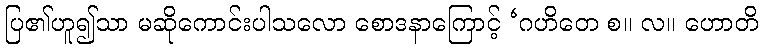
ပြ၏ဟူ၍သာ မဆိုကောင်းပါသလော စောဒနာကြောင့် ‘ဂဟိတေ စ။ လ။ ဟောတိ